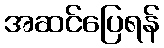
အဆင်ပြေရန်